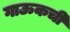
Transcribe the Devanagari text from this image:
गाऊकची